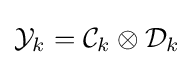
{\mathcal {Y}}_{k}={\mathcal {C}}_{k}\otimes {\mathcal {D}}_{k}